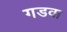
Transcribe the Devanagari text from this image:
गडवा